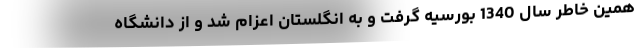
همین خاطر سال 1340 بورسیه گرفت و به انگلستان اعزام شد و از دانشگاه